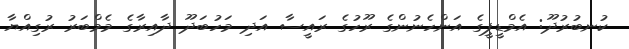
ކުނބުރުދޫ: އެމްޑީޕީގެ އަންހެނުންގެ ރޫހުގެ ރައީސާ އަދި މަހުބަދޫ ދާއިރާގެ މެމްބަރު ރުގިއްޔާ